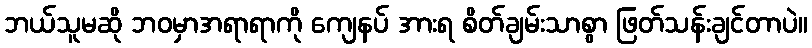
ဘယ်သူမဆို ဘဝမှာအရာရာကို ကျေနပ် အားရ စိတ်ချမ်းသာစွာ ဖြတ်သန်းချင်တာပဲ။